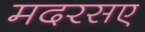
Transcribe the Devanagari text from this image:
मदरसए